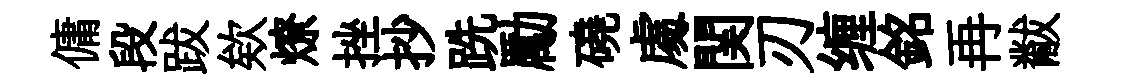
傭段跋欸燎挫抄跣勵磽䖏関刃缠銘再黻